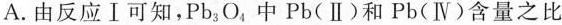
A.由反应Ⅰ可知，Pb_{3}O_{4}，中Pb(Ⅱ)和Pb(Ⅳ)含量之比